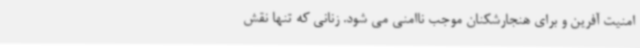
امنیت آفرین و برای هنجارشکنان موجب ناامنی می شود. زنانی که تنها نقش